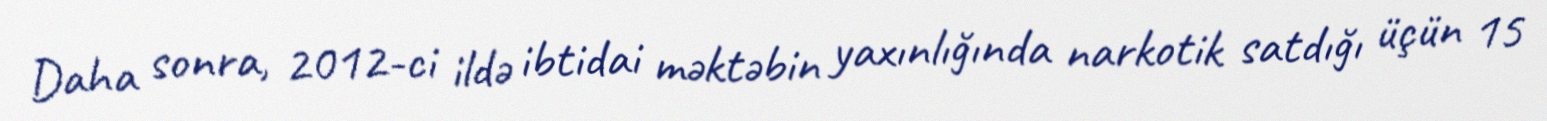
Daha sonra, 2012-ci ildə ibtidai məktəbin yaxınlığında narkotik satdığı üçün 15